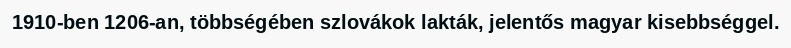
1910-ben 1206-an, többségében szlovákok lakták, jelentős magyar kisebbséggel.